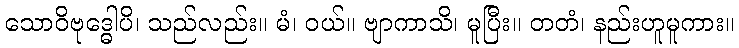
သောဝိဗုဒ္ဓေါပိ၊ သည်လည်း။ မံ၊ ဝယ်။ ဗျာကာသိ၊ မူပြီး။ တတံ၊ နည်းဟူမူကား။